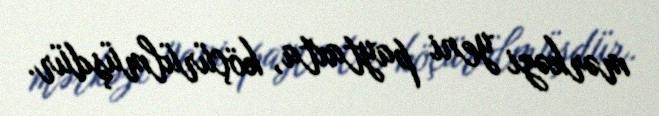
mərkəzi yeni paytaxta, köçürülmüşdür.